Lunatic asylums Punjab 1868-1880 - 1868-1880
Year: 1868
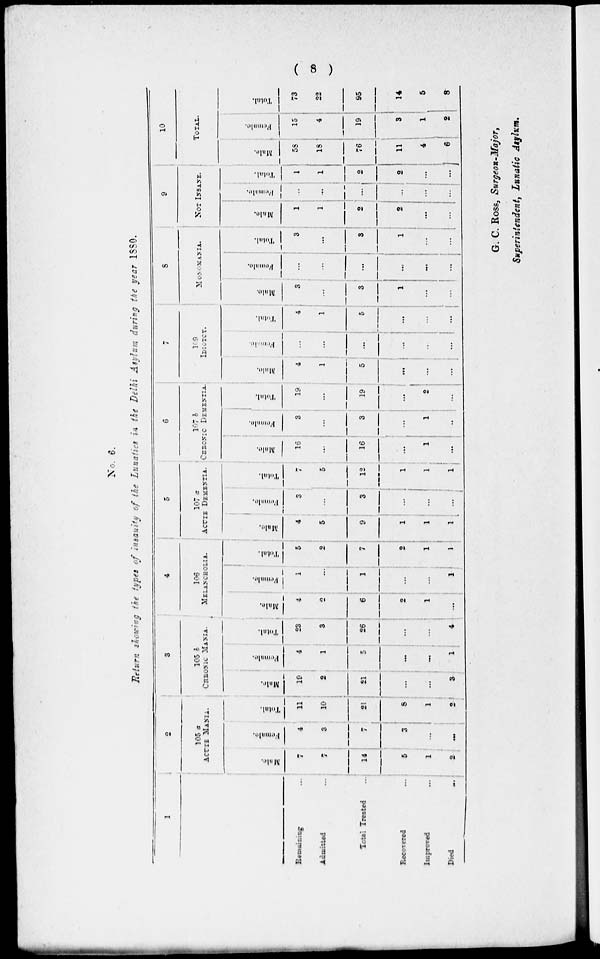
( 8 )
No. 6.
Return showing the types of insanity of the Lunatics is the Delhi Asylum during the year 1880.
1
Remaining ...
Admitted ...
Total Treated ...
Recovered ...
Improved ...
Died ...
2
105 a
ACUTE MANIA.
Male.
7
7
14
5
1
2
Female.
4
3
7
3
...
...
Total.
11
10
21
8
1
2
3
105 b
CRONIC MANIA.
Male.
19
2
21
...
...
3
Female.
4
1
5
...
...
1
Total.
23
3
26
...
...
4
4
106
MELANCHOLIA.
Male.
4
2
6
2
1
...
Female.
1
...
1
...
...
1
Total.
5
2
7
2
1
1
5
107 a
ACUTE DEMENTIA.
Male.
4
5
9
1
1
1
Female.
3
...
3
...
...
...
Total.
7
5
12
1
1
1
6
107 b
CERONIC DEMENTIA.
Male.
16
...
16
...
1
...
Female.
3
...
3
...
...
...
Total.
19
...
19
...
2
...
7
109
IDIOTCY.
Male.
4
1
5
...
...
...
Female.
...
...
...
...
...
...
Total.
4
1
5
...
...
...
8
MONOMANIA.
Male.
3
...
3
1
...
...
Female.
...
...
...
...
...
...
Total.
3
...
3
1
...
...
9
NOT INSANE.
Male.
1
1
2
2
...
...
Female.
...
...
...
...
...
...
Total.
1
1
2
2
...
...
10
TOTAL.
Male.
58
18
76
11
4
6
Female.
15
4
19
3
1
2
Total.
73
22
95
14
5
8
G. C. Ross, Surgeon-Major,
Superintendent, Lunatic Asylum.